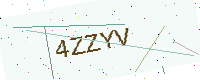
Text: 4ZZYV